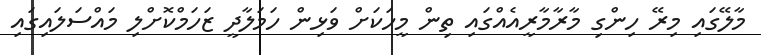
މާލޭގައި މިރޭ ހިންގި މާރާމާރީއެއްގައި ތިން މީހަކަށް ވަޅިން ހަމަލާދީ ޒަހަމްކޮށްލި މައްްސަލައިގައި